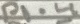
Text: P1.4